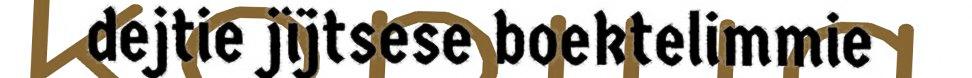
dejtie jïjtsese boektelimmie